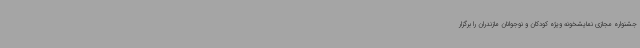
جشنواره مجازی نمایشخونه ویژه کودکان و نوجوانان مازندران را برگزار